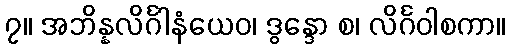
၇။ အဘိန္နလိင်္ဂါနံယေဝ၊ ဒွန္ဒော စ၊ လိင်္ဂဝါစကာ။